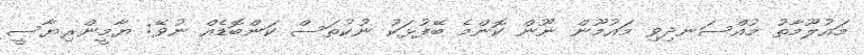
މައުލޫމާތު މުއްސަނދިވި މައުމޫން ނޫން ކޮންމެ ބޭފުޅަކު ނުކުތަސް ކަންބޮޑެއް ނުވޭ: ޔާމީންރިޔާސީ